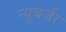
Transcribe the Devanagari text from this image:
न्यूबर्जर